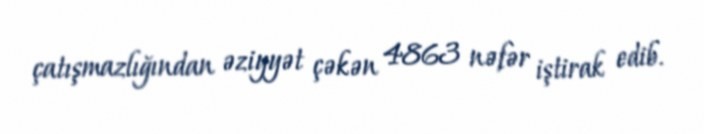
çatışmazlığından əziyyət çəkən 4863 nəfər iştirak edib.